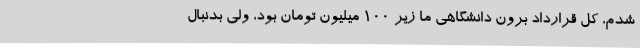
شدم، کل قرارداد برون دانشگاهی ما زیر 100 میلیون تومان بود، ولی بدنبال